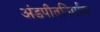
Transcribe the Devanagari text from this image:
अंडपीतनिर्माण